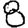
Digit: 8